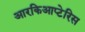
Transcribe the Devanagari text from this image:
आरकिआप्टेरिस